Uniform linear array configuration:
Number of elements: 48
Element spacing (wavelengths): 1
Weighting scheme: binomial
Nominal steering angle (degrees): -15
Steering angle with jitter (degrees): -16.115
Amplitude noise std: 0.05
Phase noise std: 0.05

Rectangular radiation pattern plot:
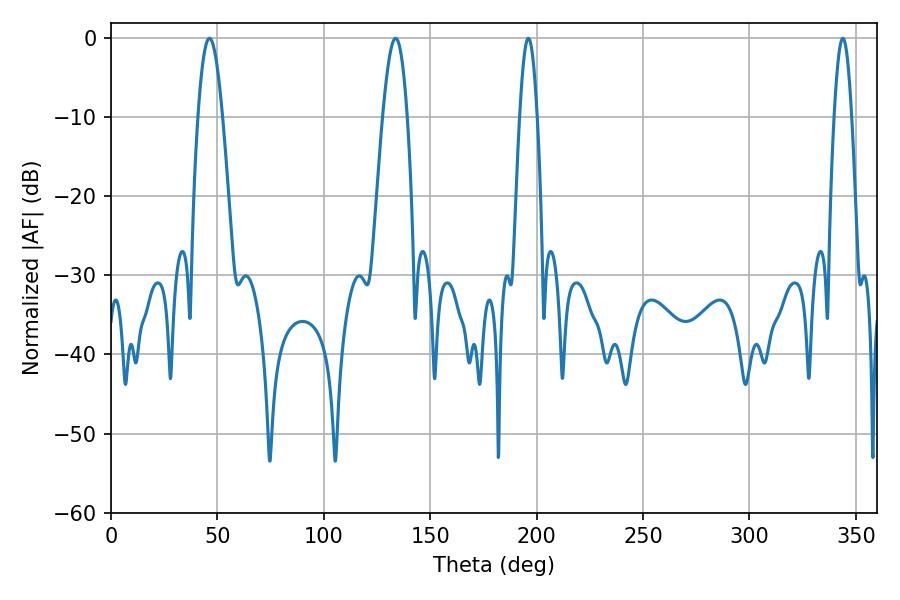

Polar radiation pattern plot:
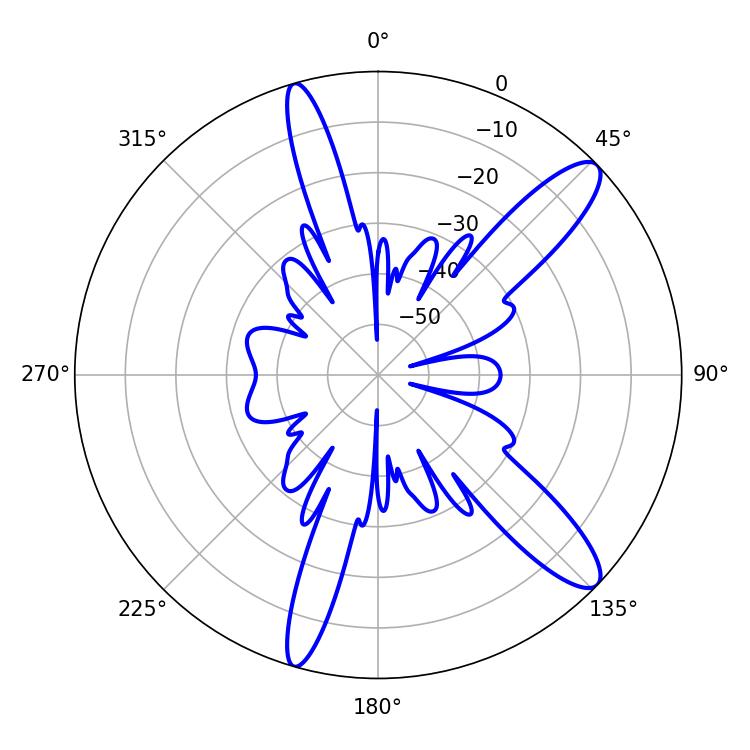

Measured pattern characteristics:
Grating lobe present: TRUE
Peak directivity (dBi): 12.051
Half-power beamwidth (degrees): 6.3
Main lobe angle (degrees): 46.26